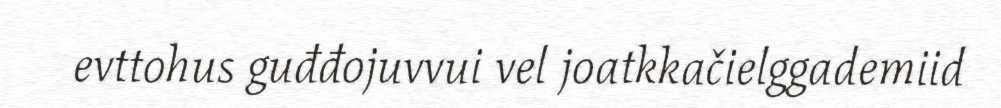
evttohus guđđojuvvui vel joatkkačielggademiid